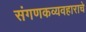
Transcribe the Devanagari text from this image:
संगणकव्यवहाराचे